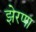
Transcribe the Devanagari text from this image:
झेरणा